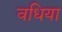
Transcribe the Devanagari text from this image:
वधिया